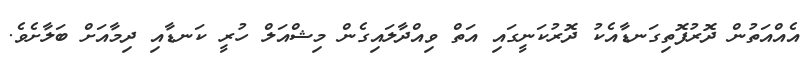
އެއްއަތުން ދޮރުފޮތިގަނޑާއެކު ދޮރުކަނީގައި އަތް ވިއްދާލައިގެން މިޝްއަލް ހުރީ ކަނޑާއި ދިމާއަށް ބަލާށެވެ.